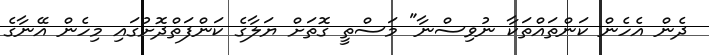
ދެން އެހެން ކަންތައްތަކާ ނުވިސްނާ" މަސްތީ ގޮތަށް ޔަލާގެ ކަންފަތްދޮށުގައި މިހެން އޭނާގެ